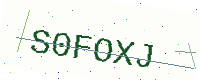
Text: S0FOXJ